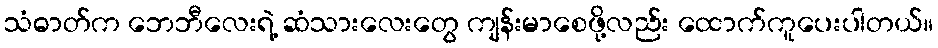
သံဓာတ်က ဘေဘီလေးရဲ့ ဆံသားလေးတွေ ကျန်းမာစေဖို့လည်း ထောက်ကူပေးပါတယ်။